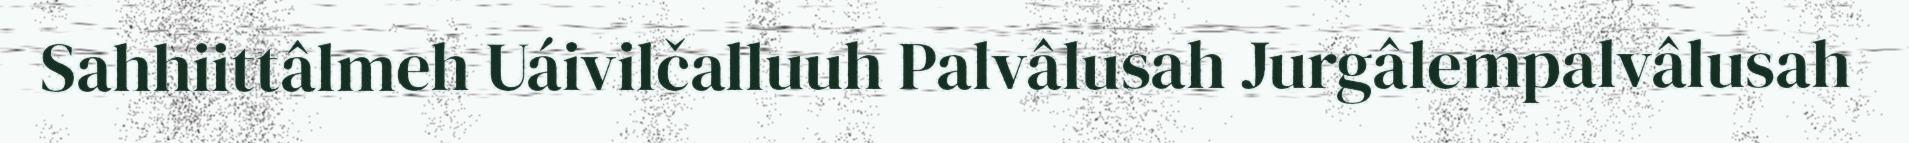
Sahhiittâlmeh Uáivilčalluuh Palvâlusah Jurgâlempalvâlusah